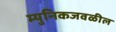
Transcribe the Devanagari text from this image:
म्युनिकजवळील